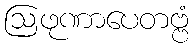
ဩဖုဏာပေတဗ္ဗံ